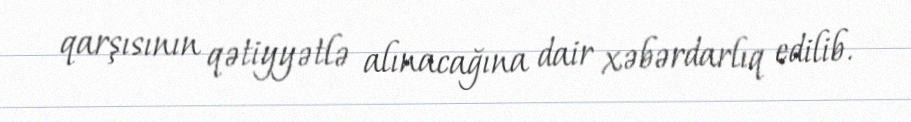
qarşısının qətiyyətlə alınacağına dair xəbərdarlıq edilib.